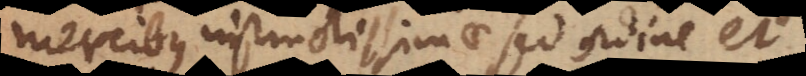
mercibus instructissimae, sed ordine et